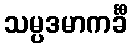
သမ္ပဒမာကင်္ခီ